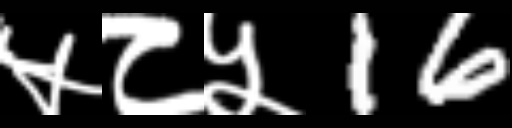
Text: ५८५16